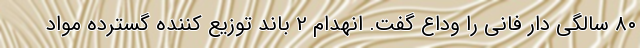
۸۰ سالگی دار فانی را وداع گفت. انهدام 2 باند توزیع کننده گسترده مواد